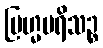
ဗြဟ္မပရိသဉ္စ